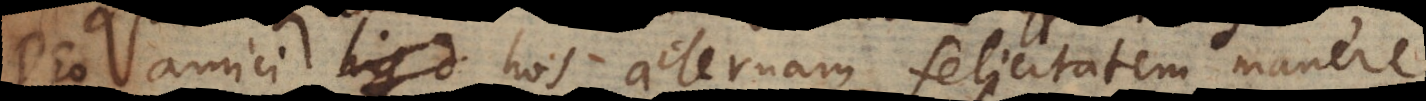
Deo amici hos aeternam felicitatem manere